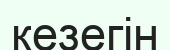
кезегін